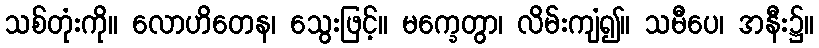
သစ်တုံးကို။ လောဟိတေန၊ သွေးဖြင့်။ မက္ခေတွာ၊ လိမ်းကျံ၍။ သမီပေ၊ အနီး၌။